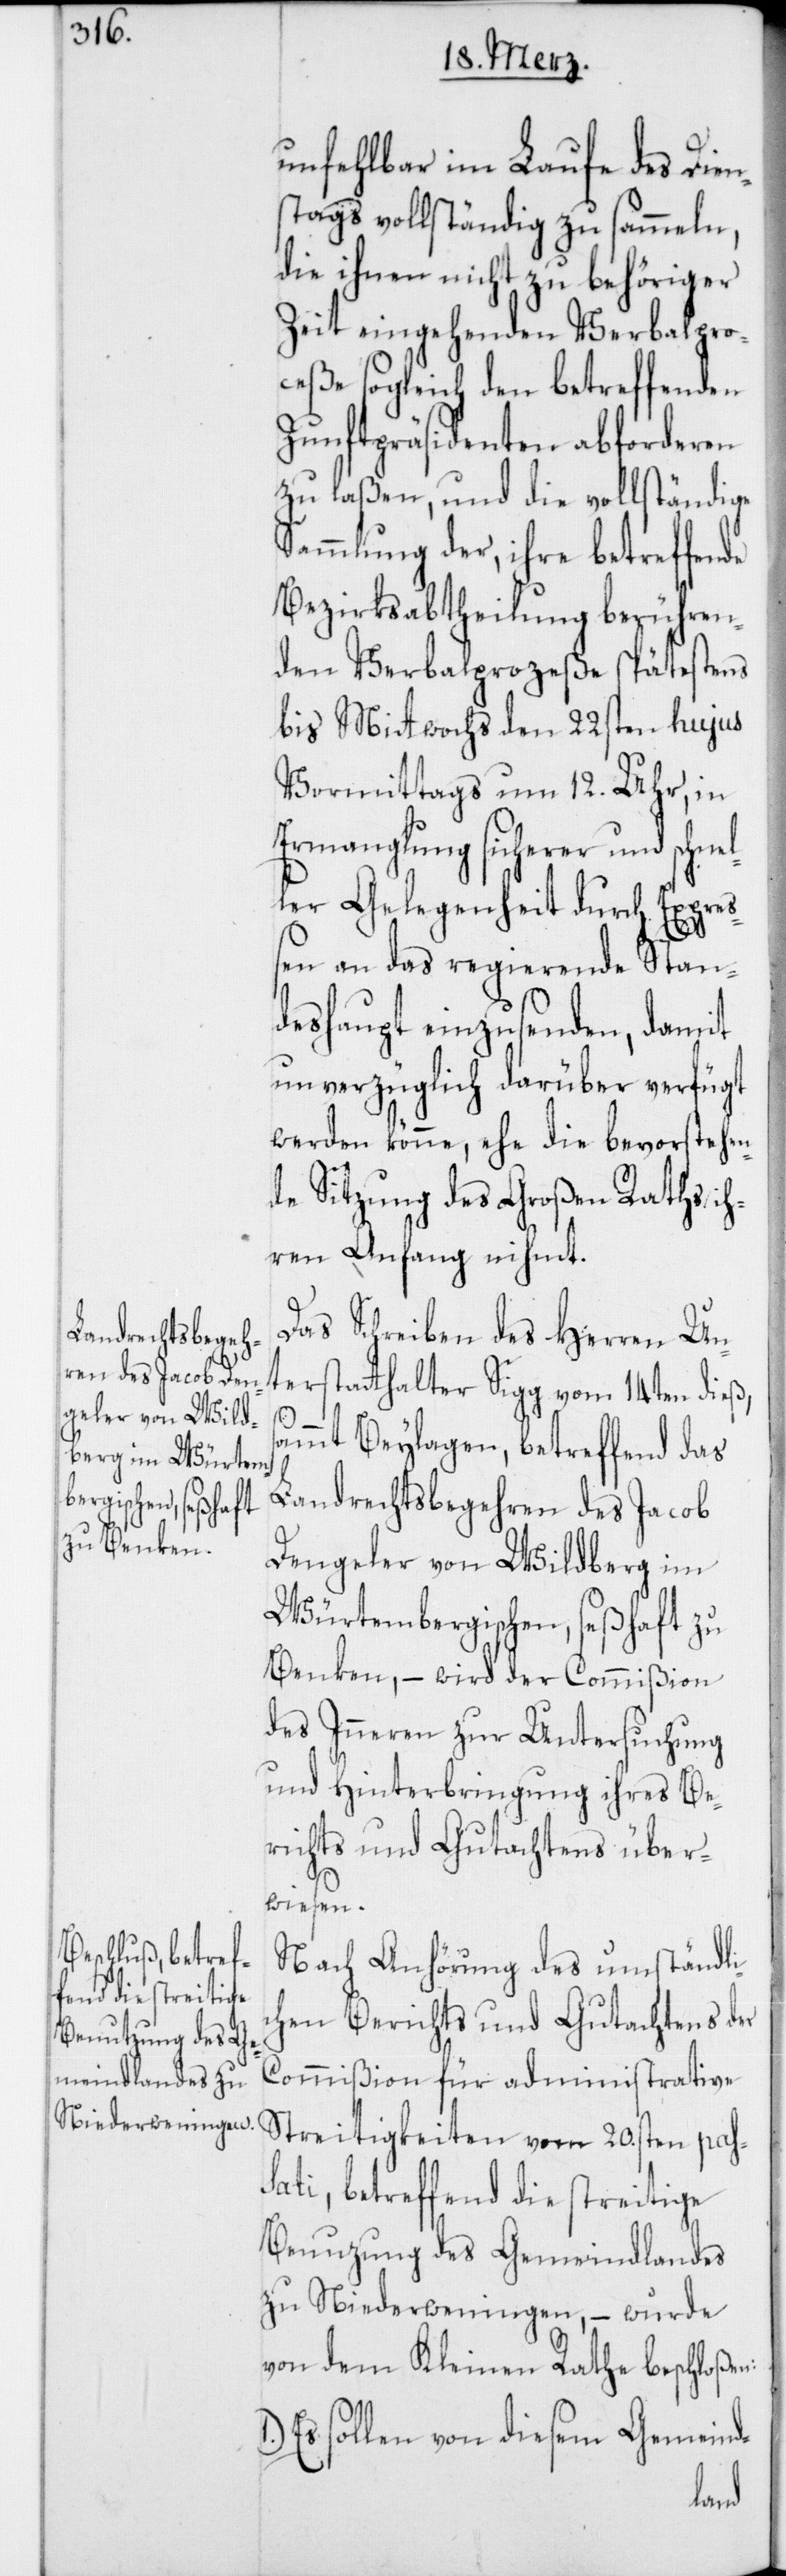
unfehlbar im Laufe des Dien¬
stags vollständig zu sammeln,
die ihnen nicht zu behöriger
Zeit eingehenden Verbalpro¬
zeße sogleich den betreffenden
Zunftpräsidenten abforderen
zu laßen, und die vollständige
Sammlung der, ihre betreffende
Bezirksabtheilung berühren¬
den Verbalprozeße spätestens
bis Mitwochs den 22sten hujus
Vormittags um 12. Uhr, in
Ermanglung sicherer und schnel¬
ler Gelegenheit durch Expreß¬
en an das regierende Stan¬
deshaupt einzusenden, damit
unverzüglich darüber verfügt
werden könne, ehe die bevorstehen¬
de Sitzung des Großen Raths ih¬
ren Anfang nihmt.
Das Schreiben des Herren Un¬
terstatthalter Sigg vom 14ten dieß,
n:
ammt Beylagen, betreffend das
Landrechts-Begehren des Jacob
Dengeler von Wildberg im
Würtembergischen, seßhaft zu
Benken, – wird der Commißion
des Inneren zur Untersuchung
und Hinterbringung ihres Be¬
richts und Gutachtens über¬
wiesen.
Nach Anhörung des umständli¬
chen Berichts und Gutachtens der
Commißion für administrathive
Streitigkeiten vom 20.sten pas¬
sati, betreffend die streitige
Benuzung des Gemeindlandes
zu Niederweningen, – wurde
von dem Kleinen Rathe beschloße¬
Es sollen von diesem Gemeind-